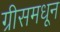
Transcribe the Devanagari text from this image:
ग्रीसमधून